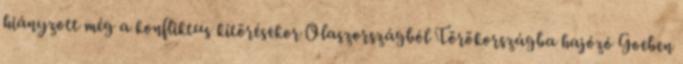
hiányzott még a konfliktus kitörésekor Olaszországból Törökországba hajózó Goeben